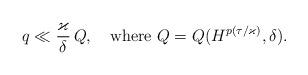
LaTeX: \begin{align*}q\ll \frac \varkappa\delta \,Q,\quad\hbox{where}\ Q=Q(H^{p(\tau/\varkappa)}, \delta).\end{align*}